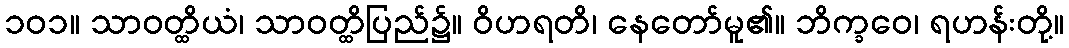
၁၀၁။ သာဝတ္ထိယံ၊ သာဝတ္ထိပြည်၌။ ဝိဟရတိ၊ နေတော်မူ၏။ ဘိက္ခဝေ၊ ရဟန်းတို့။